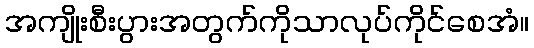
အကျိုးစီးပွားအတွက်ကိုသာလုပ်ကိုင်စေအံ။